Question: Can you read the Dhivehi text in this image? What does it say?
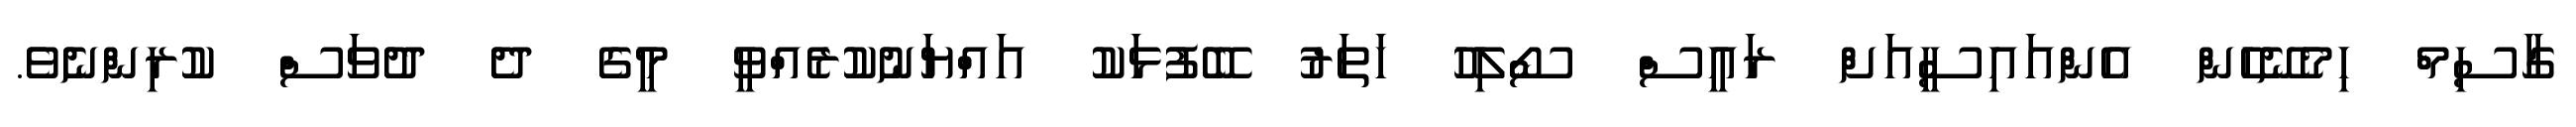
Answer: ގާސިމް ހިމެނޭހެން އެންއައިސީއަށް ރައީސް ސޯލިހު ހަތަރު ބޭފުޅަކު އައްޔަނުކުރެއްވީ މީގެ ދެ ދުވަސް ކުރިންނެވެ.